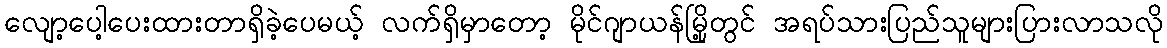
လျော့ပေါ့ပေးထားတာရှိခဲ့ပေမယ့် လက်ရှိမှာတော့ မိုင်ဂျာယန်မြို့တွင် အရပ်သားပြည်သူများပြားလာသလို